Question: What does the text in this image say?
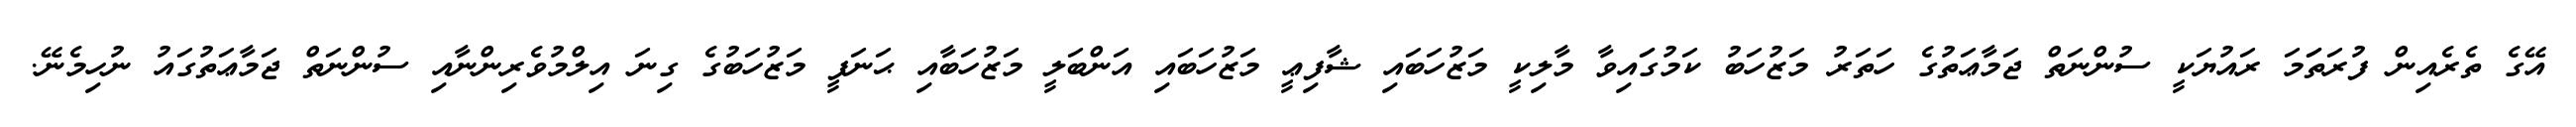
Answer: އޭގެ ތެރެއިން ފުރަތަަމަ ރައުޔަކީ ސުންނަތް ޖަމާޢަތުގެ ހަތަރު މަޒުހަބު ކަމުގަައިވާ މާލިކީ މަޒުހަބައި ޝާފިޢީ މަޒުހަބައި އަންބަލީ މަޒުހަބާއި ޙަނަފީ މަޒުހަބުގެ ގިނަ އިލްމުވެރިންނާއި ސުންނަތް ޖަމާޢަތުގައު ނުހިމެނޭ.